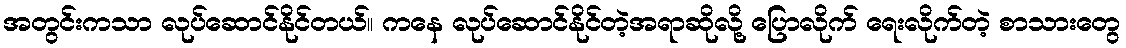
အတွင်းကသာ လုပ်ဆောင်နိုင်တယ်။ ကနေ လုပ်ဆောင်နိုင်တဲ့အရာဆိုလို့ ပြောလိုက် ရေးလိုက်တဲ့ စာသားတွေ